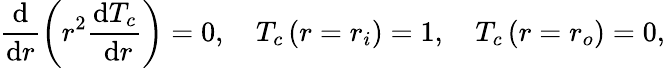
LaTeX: \frac{\mathrm{d}}{\mathrm{d}r}\left(r^{2}\frac{\mathrm{d}T_{c}}{\mathrm{~d}r}\right)=0,\quad T_{c}\left(r=r_{i}\right)=1,\quad T_{c}\left(r=r_{o}\right)=0,